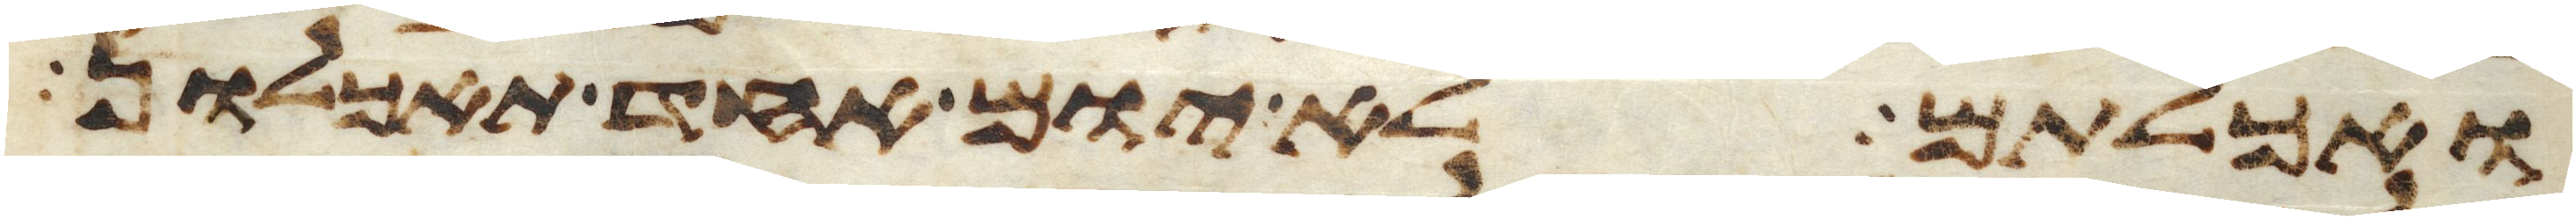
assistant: ואכלתם לא יום אחד תאכלון